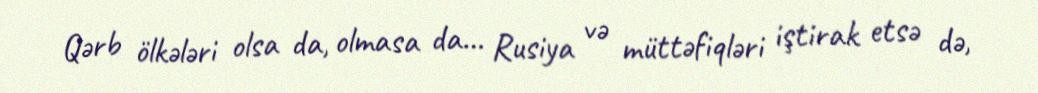
Qərb ölkələri olsa da, olmasa da… Rusiya və müttəfiqləri iştirak etsə də,